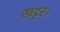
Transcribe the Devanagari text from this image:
खट्टर।